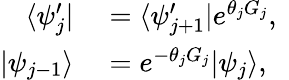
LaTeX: \begin{array}{rl}{\langle\psi_{j}^{\prime}|}&{{}=\langle\psi_{j+1}^{\prime}|e^{\theta_{j}G_{j}},\ }\\ {|\psi_{j-1}\rangle}&{{}=e^{-\theta_{j}G_{j}}|\psi_{j}\rangle,\ }\end{array}